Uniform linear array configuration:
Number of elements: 4
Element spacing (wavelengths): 1
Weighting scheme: uniform
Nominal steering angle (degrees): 45
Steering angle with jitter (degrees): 44.691
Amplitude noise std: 0.05
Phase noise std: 0.05

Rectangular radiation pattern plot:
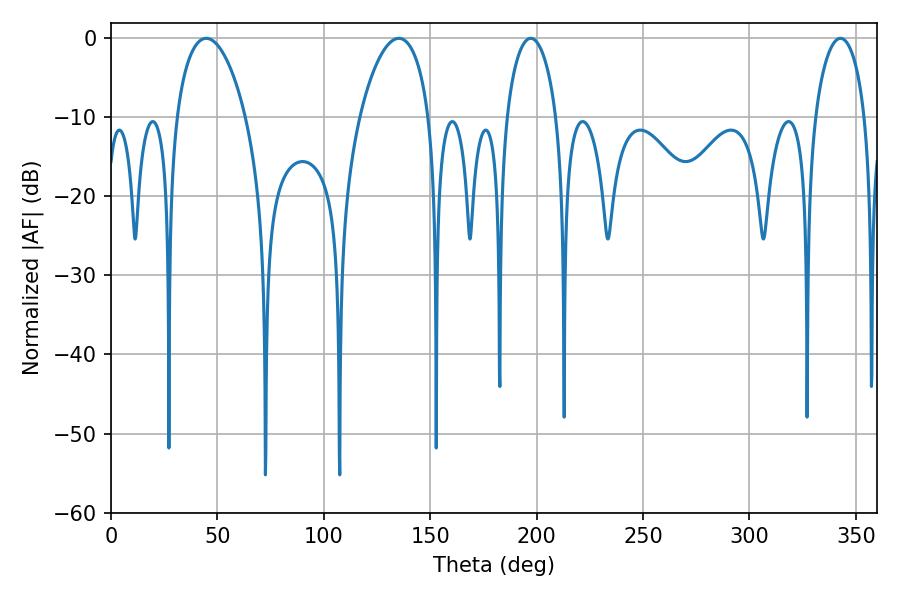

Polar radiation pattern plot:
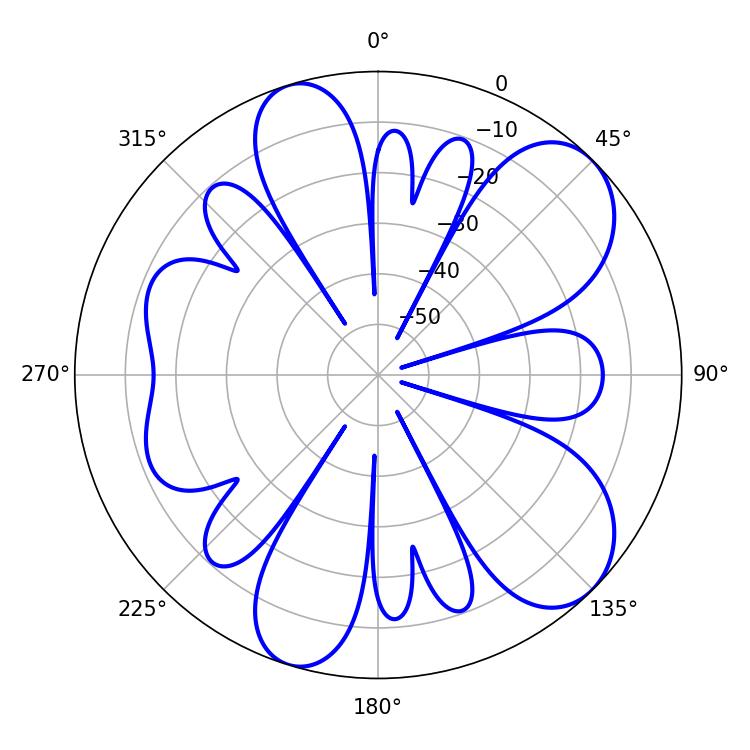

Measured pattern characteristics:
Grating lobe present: TRUE
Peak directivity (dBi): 8.514
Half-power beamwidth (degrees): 13.5
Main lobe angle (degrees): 197.28